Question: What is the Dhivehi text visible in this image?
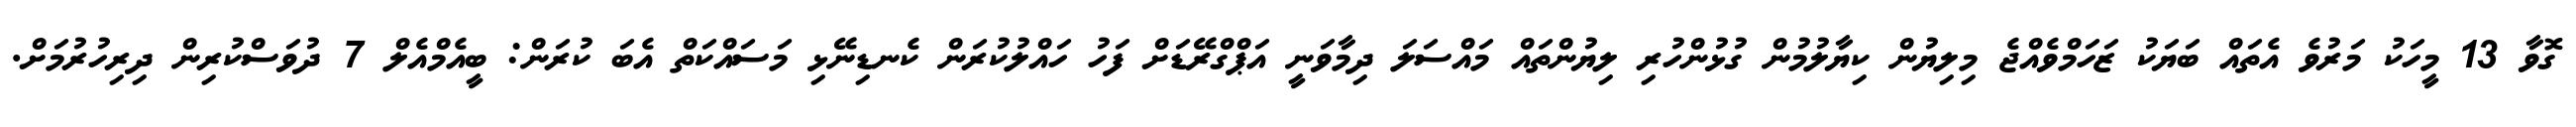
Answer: ގޮވާ 13 މީހަކު މަރުވެ އެތައް ބަޔަކު ޒަހަމްވެއްޖެ މިލިޔުން ކިޔާލުމުން ގުޅުންހުރި ލިޔުންތައް މައްސަލަ ދިމާވަނީ އަޕްގްރޭޑަށް ފަހު ހައްލުކުރަން ކެނޑިނޭޅި މަސައްކަތް އެބަ ކުރަން: ބީއެމްއެލް 7 ދުވަސްކުރިން ދިރިހުރުމަށް.